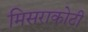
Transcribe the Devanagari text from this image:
मिसराकोटी